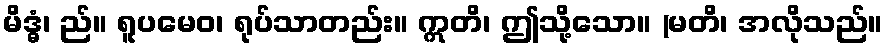
မိဒ္ဓံ၊ ည်။ ရူပမေဝ၊ ရုပ်သာတည်း။ ဣတိ၊ ဤသို့သော။ (မတိ၊ အလိုသည်။